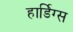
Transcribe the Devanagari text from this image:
हार्डिग्स